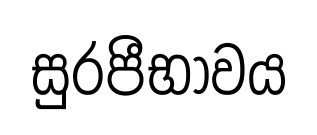
සුරපීභාවය